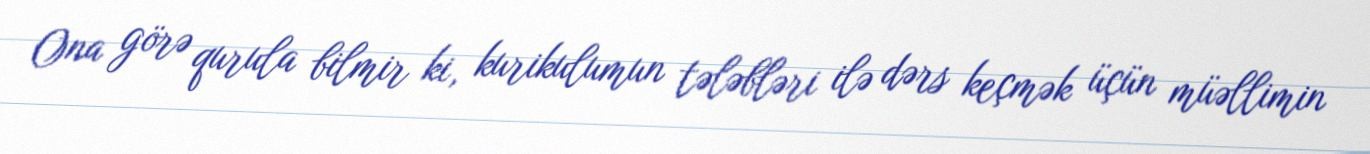
Ona görə qurula bilmir ki, kurikulumun tələbləri ilə dərs keçmək üçün müəllimin